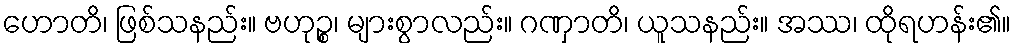
ဟောတိ၊ ဖြစ်သနည်း။ ဗဟုဉ္စ၊ များစွာလည်း။ ဂဏှာတိ၊ ယူသနည်း။ အဿ၊ ထိုရဟန်း၏။